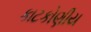
કાટકોણીય